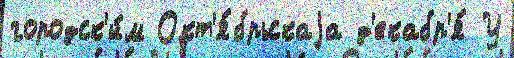
городск'и́м Окт'я́брьскаjа д'екабр'я́ У